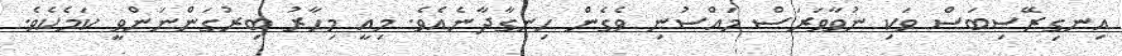
އިނގިރޭސިބަސް ވަކި ނުވާވަރަސް މައްސުނި ވެގެން ހިނގާދާނެއެވެ. މިއީ މިހާރު ބިރުގަންނަންވީ ކަމެކެވެ.